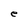
Character: e